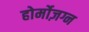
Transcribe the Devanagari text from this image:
होर्मोज़ग्न